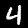
Digit: 4